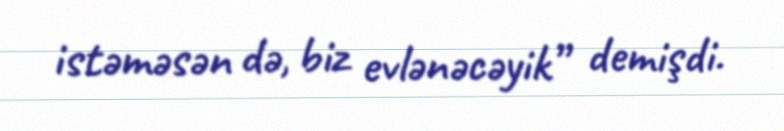
istəməsən də, biz evlənəcəyik” demişdi.